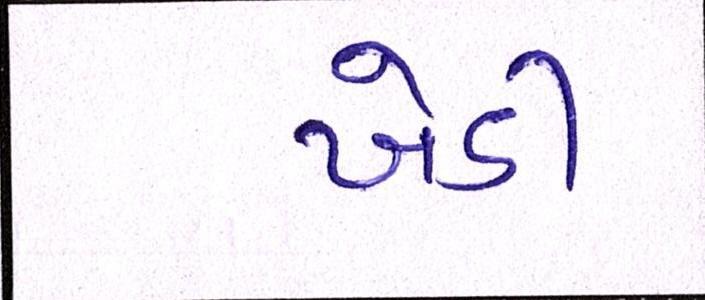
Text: ખેડી